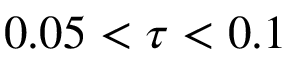
0 . 0 5 < \tau < 0 . 1